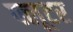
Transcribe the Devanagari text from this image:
फ्लूटर